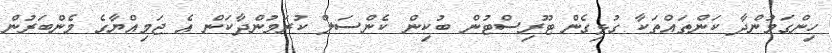
ހިންގަމުންދާ ކަންތައްތަކާ ގުޅިގެން ޓޫރިސްޓުން ބުކިން ކެންސަލް ކުރަމުންދާކަން އެ ޖަމިއްޔާގެ މެންބަރުން